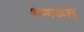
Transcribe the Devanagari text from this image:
भगदत्त्